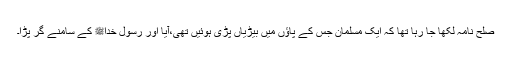
صلح نامہ لکھا جا رہا تھا کہ ایک مسلمان جس کے پاؤں میں بیڑیاں پڑی ہوئیں تھی،آیا اور رسول خداﷺ کے سامنے گر پڑا۔